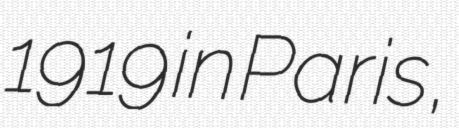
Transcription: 1919 in Paris,